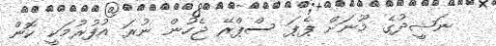
ނަޝީދުގެ މޫނަށް ޕެޕަ ސްޕްރޭ ޖެހުން ނުރަ އުފުރުމަކީ ކޮން